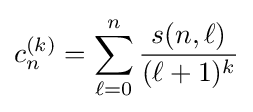
c_{n}^{(k)}=\sum _{\ell =0}^{n}{\frac {s(n,\ell )}{(\ell +1)^{k}}}